Report on vaccination in Madras 1904-1921 - 1904-1921
Year: 1904
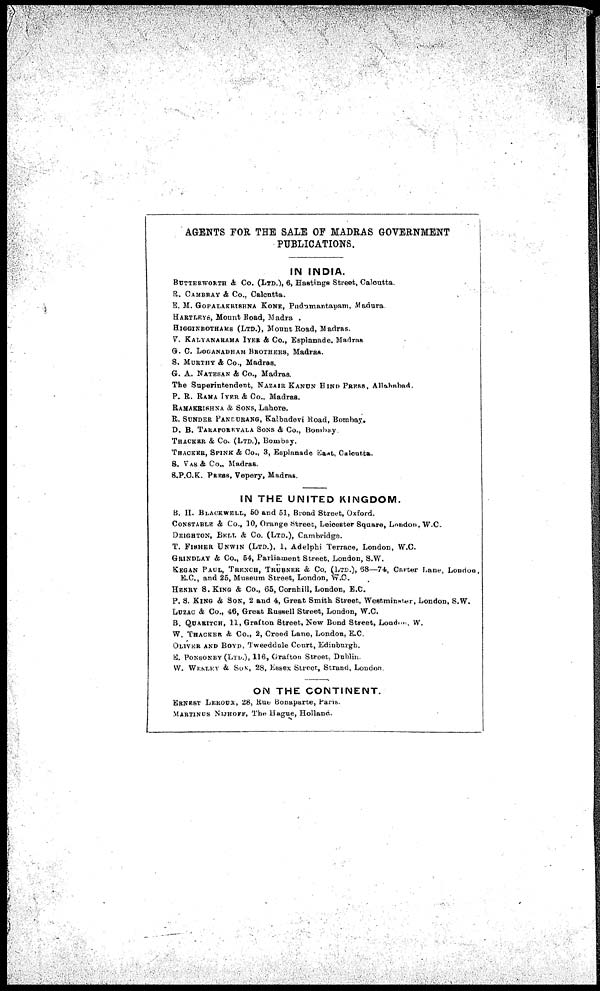
AGENTS FOR THE SALE OF MADRAS GOVERNMENT
PUBLICATIONS.
IN INDIA.
BUTTERWORTH & Co. (LTD.), 6, Hastings Street, Calcutta.
R. CAMBRAY & Co., Calcutta.
E. M. GOPALAKRISHNA KONE, Pudnmantapam, Madura.
HARTLEYS, Mount Road, Madras.
HIGGINBOTHAMS (LTD.), Mount Road, Madras.
V. KALYANARAMA IYER & Co., Esplanade. Madras
G. C. LOGANADHAM BROTHERS, Madras.
S. MURTHY & Co., Madras.
G. A. NATESAN & Co., Madras.
The Superintendent, NAZAIR KANUN HIND PRESS, Allahabad.
P. R. RAMA IYER & Co., Madras.
RAMAKRISHNA & SONS, Lahore.
R. SUNDER PANDURANG, Kalbadevi Road, Bombay.
D. B. TARAPOBEVALA SONS & Co., Bombay.
THACKER & Co. (LTD.), Bombay.
THACKER, SPINK & Co., 3, Esplanade East, Calcutta.
S. VAS & Co., Madras.
S.P.C.K. PRESS, Vepery, Madras.
IN THE UNITED KINGDOM.
B. H. BLACKWELL, 50 and 51, Broad Street, Oxford.
CONSTABLE & Co., 10, Orange Street, Leicester Square, London, W.C.
DEIGHTON, BELL & Co. (LTD.), Cambridge.
T. FISHER UNWIN (LTD.), 1, Adelphi Terrace, London, W.C.
GRINDLAY & Co., 54, Parliament Street, London, S.W.
KEGAN PAUL, TRENCH, TRÜBNER & Co. (LTD.), 68—74, Carter Lane, London,
E.C., and 25, Museum Street, London, W.C.
HENRY S. KING & Co., 65, Cornhill, London, E.C.
P. S. KING & SON, 2 and 4, Great Smith Street, Westminster, London, S.W.
LUZAC & Co., 46, Great Russell Street, London, W.C.
B. QUARITCH, 11, Grafton Street, New Bond Street, London, W.
W. THACKER & Co., 2, Creed Lane, London, E.C.
OLIVER AND BOYD, Tweeddale Court, Edinburgh.
E. PONSONBY (LTD.), 116, Grafton Street, Dublin.
W. WESLEY & SON, 28, Essex Street, Strand, London.
ON THE CONTINENT.
ERNEST LEROUX, 28, Rue Bonaparte, Paris.
MARTINUS NIJHOFF, The Hague, Holland.